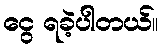
ငွေ ရခဲ့ပါတယ်။